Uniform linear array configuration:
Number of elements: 24
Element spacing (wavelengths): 0.5
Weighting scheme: uniform
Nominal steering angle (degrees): -60
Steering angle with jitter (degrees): -61.619
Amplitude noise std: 0.05
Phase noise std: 0.05

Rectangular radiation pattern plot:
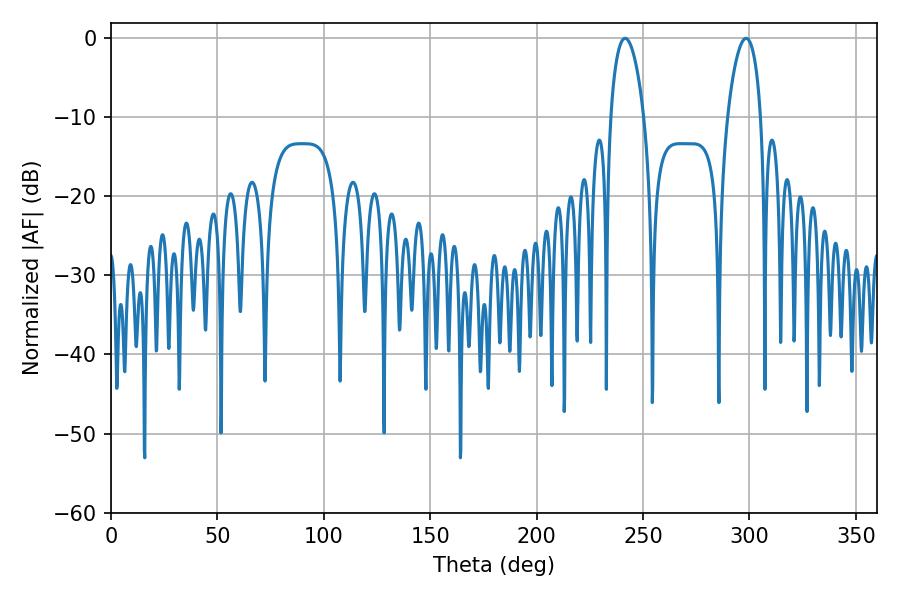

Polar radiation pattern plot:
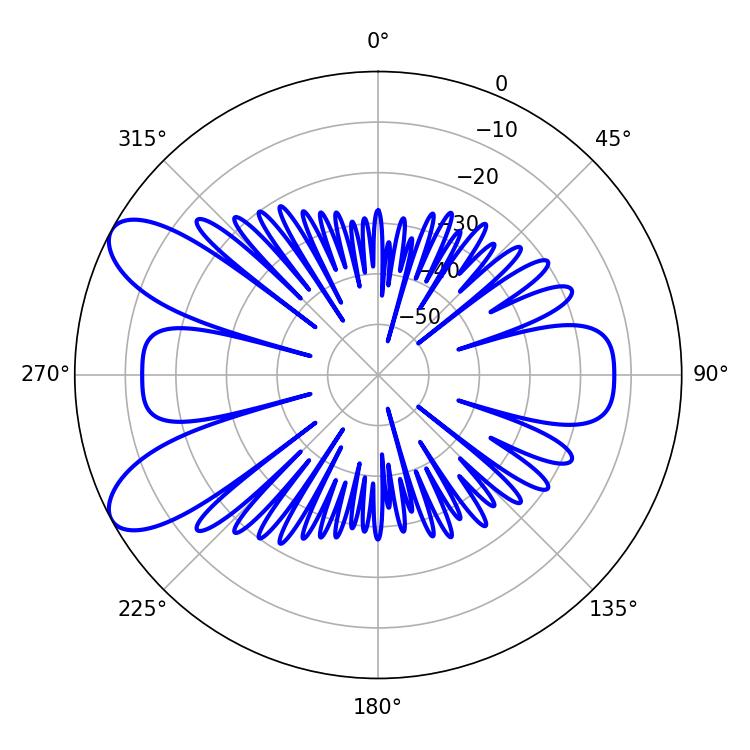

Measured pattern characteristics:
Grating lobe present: FALSE
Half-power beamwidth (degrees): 9
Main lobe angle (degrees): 298.44